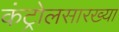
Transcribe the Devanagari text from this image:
कंट्रोलसारख्या